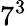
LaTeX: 7^{3}